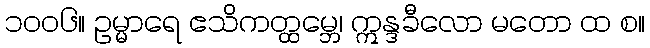
၁၀၀၆။ ဥမ္မာရေ ဧသိကတ္ထမ္ဘေ၊ ဣန္ဒခီလော မတော ထ စ။